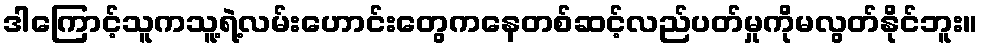
ဒါကြောင့်သူကသူ့ရဲ့လမ်းဟောင်းတွေကနေတစ်ဆင့်လည်ပတ်မှုကိုမလွတ်နိုင်ဘူး။